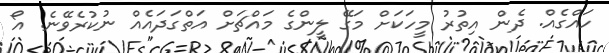
ހައްގެއް. ދެން އިތުރު މީހަކަށް މަގޭ ލީންގެ މައްޗަށް އަތްގަދައެއް ނުކުރެވޭނެ. އޯ